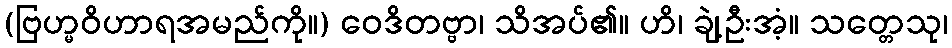
(ဗြဟ္မဝိဟာရအမည်ကို။) ဝေဒိတဗ္ဗာ၊ သိအပ်၏။ ဟိ၊ ချဲ့ဦးအံ့။ သတ္တေသု၊